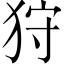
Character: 狩